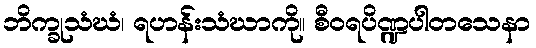
ဘိက္ခုသံဃံ၊ ရဟန်းသံဃာကို။ စီဝရပိဏ္ဍပါတသေနာ